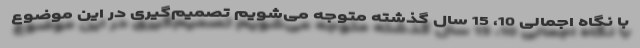
با نگاه اجمالی 10، 15 سال گذشته متوجه می‌شویم تصمیم‌گیری در این موضوع